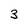
Character: 3